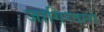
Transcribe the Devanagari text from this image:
जागिरदारों